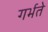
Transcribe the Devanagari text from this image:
गर्भते